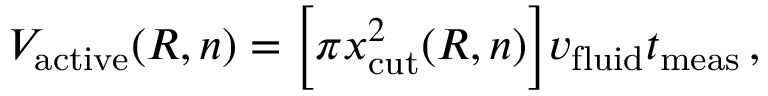
V _ { \mathrm { a c t i v e } } ( R , n ) = \Big [ \pi x _ { \mathrm { c u t } } ^ { 2 } ( R , n ) \Big ] v _ { \mathrm { f l u i d } } t _ { \mathrm { m e a s } } \, ,